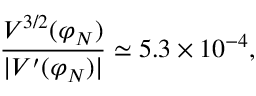
\frac { V ^ { 3 / 2 } ( \varphi _ { N } ) } { | V ^ { \prime } ( \varphi _ { N } ) | } \simeq 5 . 3 \times 1 0 ^ { - 4 } ,